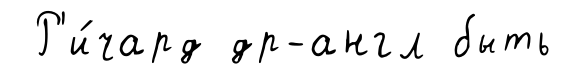
Р'и́чард др-англ быть